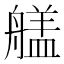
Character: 𮎔